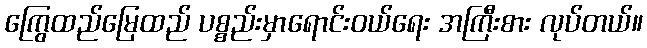
ကြွေထည်မြေထည် ပစ္စည်းမှာရောင်းဝယ်ရေး အကြီးစား လုပ်တယ်။